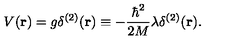
V ( { \bf r } ) = g \delta ^ { ( 2 ) } ( { \bf r } ) \equiv - \frac { \hbar ^ { 2 } } { 2 M } \lambda \delta ^ { ( 2 ) } ( { \bf r } ) .